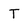
Character: T